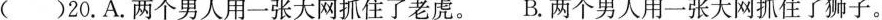
()20.A.两个男人用一张大网抓住了老虎。B.两个男人用一张大网抓住了狮子。